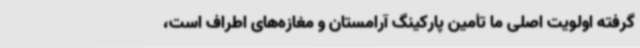
گرفته اولویت اصلی ما تأمین پارکینگ آرامستان و مغازه‌های اطراف است،